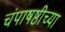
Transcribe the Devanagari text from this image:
चंपाषष्ठीच्या